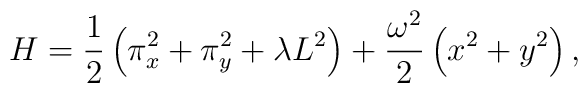
H=\frac{1}{2} \left(\pi_x^2 + \pi_y^2 + \lambda L^2 \right) +\frac{\omega^2}{2} \left( x^2 + y^2 \right),